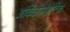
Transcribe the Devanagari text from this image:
अर्किओमॅग्नेटिक